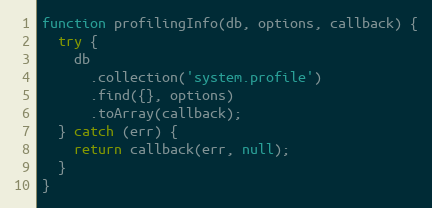
Language: JavaScript
function profilingInfo(db, options, callback) {
  try {
    db
      .collection('system.profile')
      .find({}, options)
      .toArray(callback);
  } catch (err) {
    return callback(err, null);
  }
}